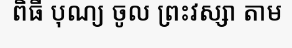
ពិធី បុណ្យ ចូល ព្រះវស្សា តាម